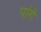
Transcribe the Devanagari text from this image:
पांगे